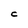
Character: C